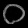
Digit: ၀